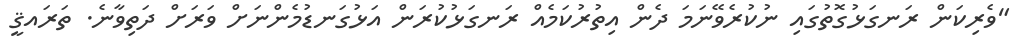
"ވެރިކަން ރަނގަޅުގޮތުގައި ނުކުރެވޭނަމަ ދެން އިތުރުކަމެއް ރަނގަޅުކުރަން އަޅުގަނޑުމެންނަށް ވަރަށް ދަތިވާނެ. ތަރައޤީ